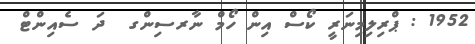
1952 : ޕްރިލިމިނަރީ ކޯސް އިން ހޯމް ނާރސިންގ  ދަ ސެއިންޓް